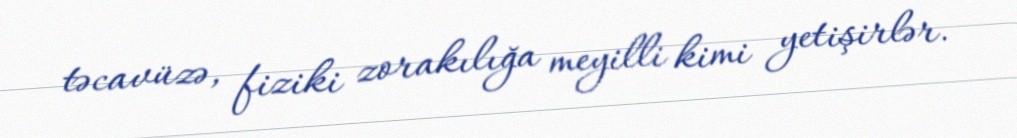
təcavüzə, fiziki zorakılığa meyilli kimi yetişirlər.